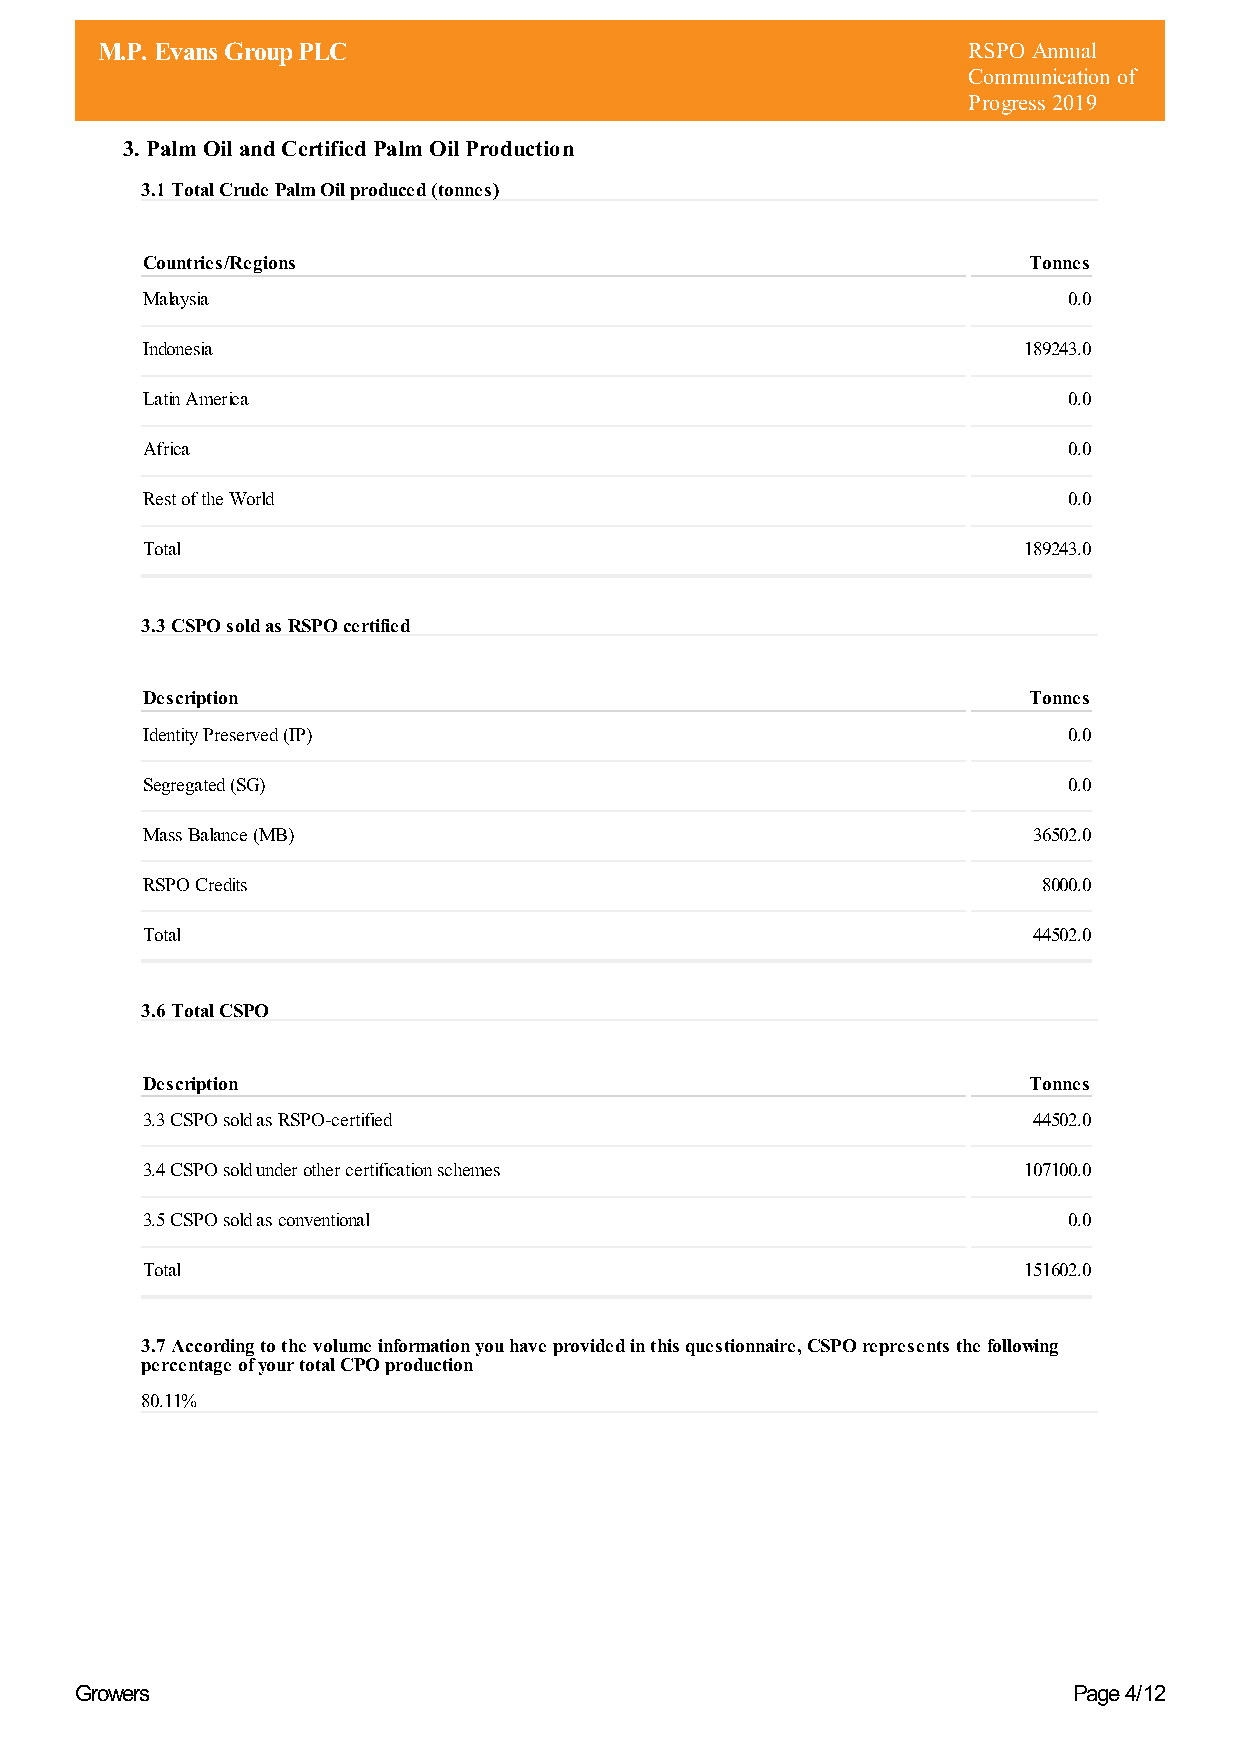
M.P. Evans Group PLC                                      RSPO Annual
 Communication of
 Progress 2019
 3. Palm Oil and Certified Palm Oil Production
 3.1 Total Crude Palm Oil produced (tonnes)
 Countries/Regions                                          Tonnes
 Malaysia                                                      0.0
 Indonesia                                                  189243.0
 Latin America                                                 0.0
 Africa                                                        0.0
 Rest of the World                                             0.0
 Total                                                      189243.0
 3.3 CSPO sold as RSPO certified
 Description                                                Tonnes
 Identity Preserved (IP)                                       0.0
 Segregated (SG)                                               0.0
 Mass Balance (MB)                                          36502.0
 RSPO Credits                                                8000.0
 Total                                                      44502.0
 3.6 Total CSPO
 Description                                                Tonnes
 3.3 CSPO sold as RSPO-certified                            44502.0
 3.4 CSPO sold under other certification schemes            107100.0
 3.5 CSPO sold as conventional                                 0.0
 Total                                                      151602.0
 3.7 According to the volume information you have provided in this questionnaire, CSPO represents the following
 percentage of your total CPO production
 80.11%
 Growers                                                           Page 4/12